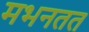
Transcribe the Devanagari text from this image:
मभनतत